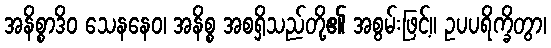
အနိစ္စာဒိဝ သေနနေဝ၊ အနိစ္စ အစရှိသည်တို့၏ အစွမ်းဖြင့်။ ဥပပရိက္ခိတွာ၊